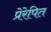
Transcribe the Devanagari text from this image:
प्रेरेपित